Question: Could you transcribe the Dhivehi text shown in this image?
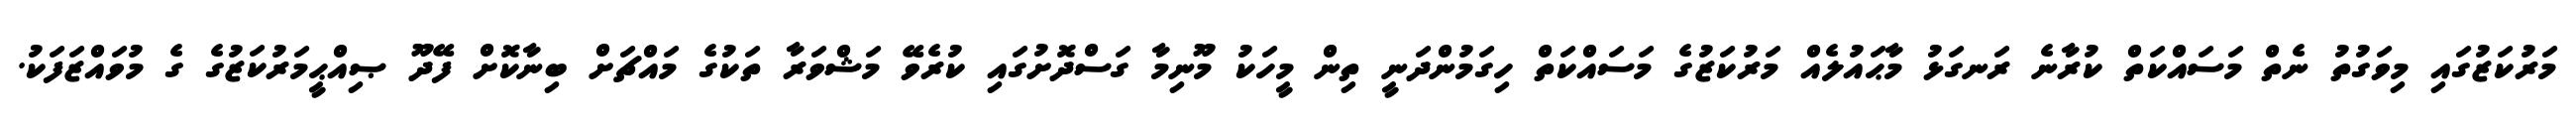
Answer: މަރުކަޒުގައި މިވަގުތު ނެތް މަސައްކަތް ކުރާނެ ރަނގަޅު މާޙައުލެއް މަރުކަޒުގެ މަސައްކަތް ހިގަމުންދަނީ ތިން މީހަކު މޫނިމާ ގަސްދޮށުގައި ކުރެވޭ މަޝްވަރާ ތަކުގެ މައްޗަށް ބިނާކޮށް ފޭދޫ ޞިއްޙީމަރުކަޒުގެ ގެ މުވައްޒަފަކު.